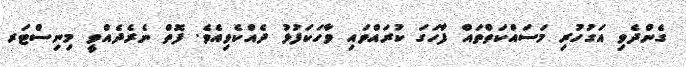
ގެންދެވި އަގުހުރި މަސައްކަތްތައް ފާހަގަ ކުރައްވައި ވާހަކަފުޅު ދެއްކެވިއެވެ. ފޮތް ނެރެދެއްވީ މިނިސްޓަރ